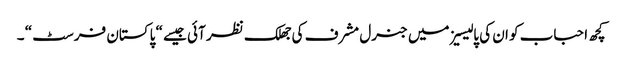
کچھ احباب کو ان کی پالیسیز میں جنرل مشرف کی جھلک نظر آئی جیسے “ پاکستان فرسٹ “ ۔